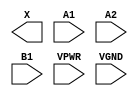
module sky130_fd_sc_hs__a21o (
    X   ,
    A1  ,
    A2  ,
    B1  ,
    VPWR,
    VGND
);

    output X   ;
    input  A1  ;
    input  A2  ;
    input  B1  ;
    input  VPWR;
    input  VGND;
endmodule